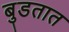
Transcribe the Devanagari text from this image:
बुडतात